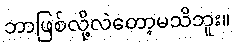
ဘာဖြစ်လို့လဲတော့မသိဘူး။